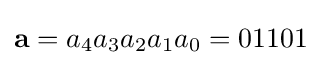
\mathbf {a} =a_{4}a_{3}a_{2}a_{1}a_{0}=01101